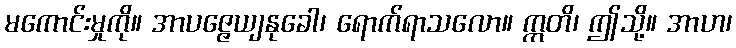
မကောင်းမှုကို။ အာပဇ္ဇေယျနုခေါ၊ ရောက်ရာသလော။ ဣတိ၊ ဤသို့။ အာဟ၊